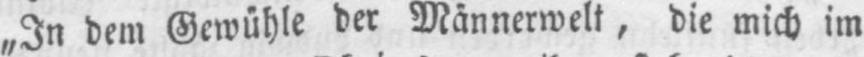
„In dem Gewühle der Männerwelt, die mich im